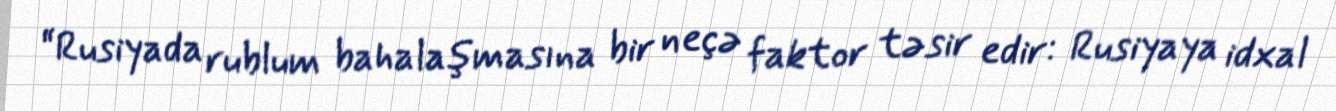
“Rusiyada rublum bahalaşmasına bir neçə faktor təsir edir: Rusiyaya idxal